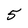
Character: 5